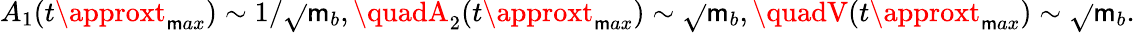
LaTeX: A_{1}(t\approxt_{\mathsf{m}ax})\sim1/\sqrt{}{{\mathsf{m}_{b}}},\quadA_{2}(t\approxt_{\mathsf{m}ax})\sim\sqrt{}{{\mathsf{m}_{b}}},\quadV(t\approxt_{\mathsf{m}ax})\sim\sqrt{}{{\mathsf{m}_{b}}}.